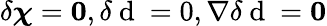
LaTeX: \delta\boldsymbol{\chi}=\mathbf{0},\delta\mathrm{~d~}=0,\nabla\delta\mathrm{~d~}=\mathbf{0}